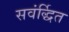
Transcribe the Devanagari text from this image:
सवंर्द्धित